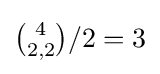
\textstyle {{\binom {4}{2,2}}/2=3}